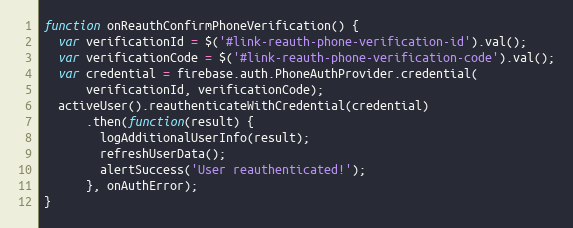
Language: JavaScript
function onReauthConfirmPhoneVerification() {
  var verificationId = $('#link-reauth-phone-verification-id').val();
  var verificationCode = $('#link-reauth-phone-verification-code').val();
  var credential = firebase.auth.PhoneAuthProvider.credential(
      verificationId, verificationCode);
  activeUser().reauthenticateWithCredential(credential)
      .then(function(result) {
        logAdditionalUserInfo(result);
        refreshUserData();
        alertSuccess('User reauthenticated!');
      }, onAuthError);
}